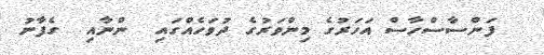
ފަންސާސްހާސް އަހަރުގެ މިންވަރުގެ ދުވަހެއްގައި  ންނާއި  ގެފާނު